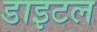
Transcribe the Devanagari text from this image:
डाइटल